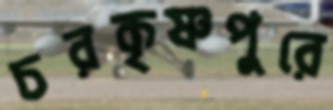
চরকৃষ্ণপুরে